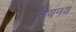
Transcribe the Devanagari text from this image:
नियनय